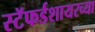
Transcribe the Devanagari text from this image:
स्टॅफर्डशायरच्या